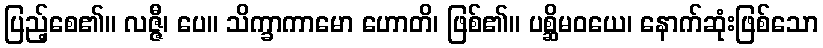
ပြည့်စေ၏။ လဇ္ဇီ၊ ပေ။ သိက္ခာကာမော ဟောတိ၊ ဖြစ်၏။ ပစ္ဆိမဝယေ၊ နောက်ဆုံးဖြစ်သော